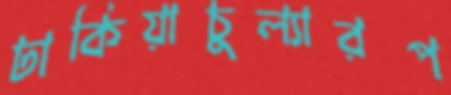
ঢাকিয়াচুল্যারপ